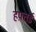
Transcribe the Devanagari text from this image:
हफ़्तई